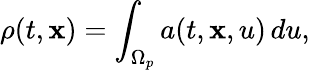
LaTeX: \rho(t,\mathbf{x})=\int_{\Omega_{p}}a(t,\mathbf{x},u)\, du,